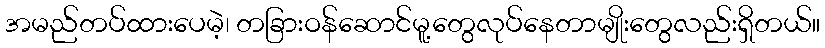
အမည်တပ်ထားပေမဲ့၊ တခြားဝန်ဆောင်မူ့တွေလုပ်နေတာမျိုးတွေလည်းရှိတယ်။